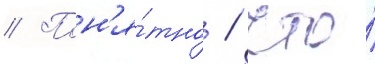
// Пон'я́тно / что́